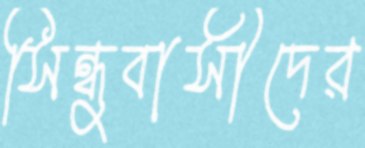
সিন্ধুবাসীদের